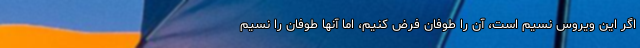
اگر این ویروس نسیم است، آن را طوفان فرض کنیم، اما آنها طوفان را نسیم